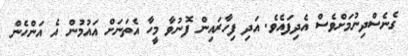
ގެނެސްދިނުމަށްވެސް އެދިފައެވެ. އަދި ފިހާރައިން ފޮނުވާ މީހާ އެތަނަށް އައުމުން އެ އަންހެން